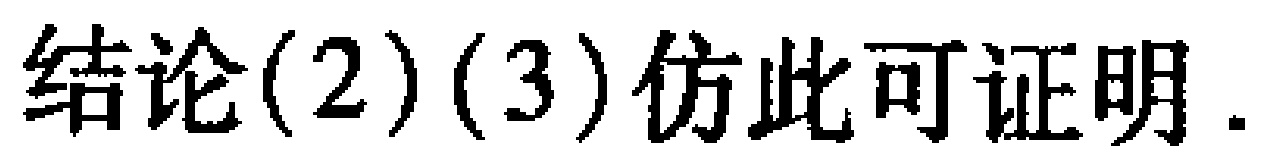
结论(2)(3)仿此可证明.